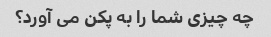
چه چیزی شما را به پکن می آورد؟